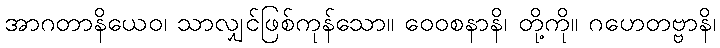
အာဂတာနိယေဝ၊ သာလျှင်ဖြစ်ကုန်သော။ ဝေဝစနာနိ၊ တို့ကို။ ဂဟေတဗ္ဗာနိ၊